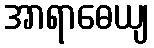
အာရာဓေယျ